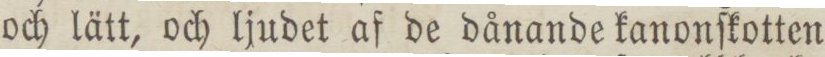
och lätt, och ljudet af de dånande kanonſkotten